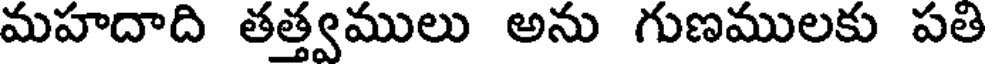
మహదాది తత్త్వములు అను గుణములకు పతి